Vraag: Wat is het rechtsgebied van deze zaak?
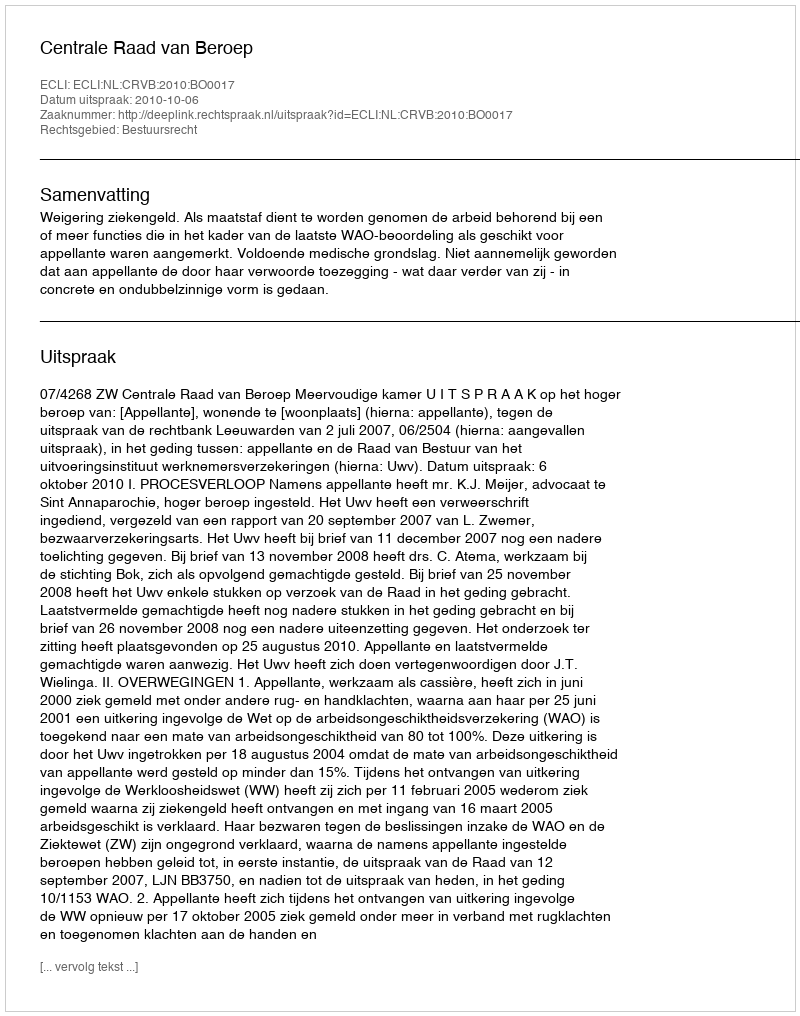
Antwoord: Bestuursrecht